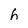
Character: h